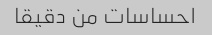
احساسات من دقیقا